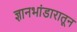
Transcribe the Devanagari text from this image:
ज्ञानभांडारातून